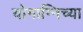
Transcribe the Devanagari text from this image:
योगाग्निच्या